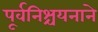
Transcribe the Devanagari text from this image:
पूर्वनिश्चयनाने